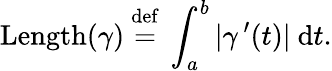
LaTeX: \operatorname{Length}(\gamma)~{\stackrel{\mathrm{def}}{=}}~\int_{a}^{b}|\gamma\, ^{\prime}(t)|~\mathrm{d}{t}.